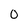
Character: 0